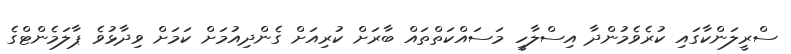
ސްރީލަންކާގައި ކުރެވެމުންދާ އިސްލާހީ މަސައްކަތްތައް ބާރަށް ކުރިއަށް ގެންދިއުމަށް ކަމަށް ވިދާޅުވެ ޕާލަމެންޓްގެ